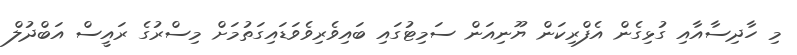
މި ހާދިސާއާއި ގުޅިގެން އެފްރިކަން ޔޫނިއަން ސަމިޓުގައި ބައިވެރިވެވަޑައިގަތުމަށް މިސްރުގެ ރައީސް އަބްދުލް